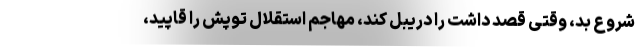
شروع بد، وقتی قصد داشت را دریبل کند، مهاجم استقلال توپش را قاپید،